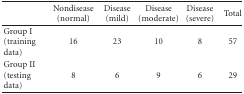
<table><thead><tr><td></td><td><b>Nondisease (normal)</b></td><td><b>Disease(mild)</b></td><td><b>Disease(moderate)</b></td><td><b>Disease(severe)</b></td><td><b>Total</b></td></tr></thead><tbody><tr><td>Group I (training data)</td><td>16</td><td>23</td><td>10</td><td>8</td><td>57</td></tr><tr><td>Group II (testing data)</td><td>8</td><td>6</td><td>9</td><td>6</td><td>29</td></tr></tbody></table>